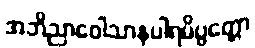
အဘိညာဝေါသာနပါရမိပ္ပတ္တော